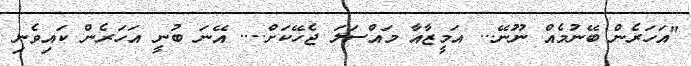
"އަހަރެން ބޭނުމެއް ނޫނޭ... އަމީޒާއާ މައްސަލަ ޖެހޭކަށް.... އޭނަ ބުނީ އަހަރެން ކައިވެނި